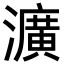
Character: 瀇